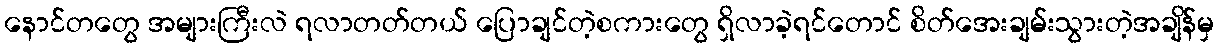
နောင်တတွေ အများကြီးလဲ ရလာတတ်တယ် ပြောချင်တဲ့စကားတွေ ရှိလာခဲ့ရင်တောင် စိတ်အေးချမ်းသွားတဲ့အချိန်မှ